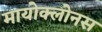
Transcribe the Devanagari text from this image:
मायोक्लोनस